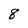
Character: 8